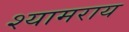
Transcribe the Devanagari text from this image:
श्यामराय